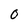
Character: 0